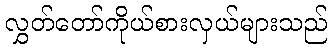
လွှတ်တော်ကိုယ်စားလှယ်များသည်